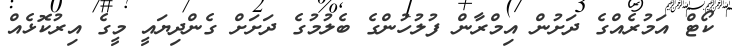
ކޯޓް އަމުރެއްގެ ދަށުން އިމްރާން ފުލުހުންގެ ބެލުމުގެ ދަށަށް ގެންދިޔައީ މީގެ އިރުކޮޅެއް